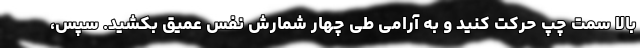
بالا سمت چپ حرکت کنید و به آرامی طی چهار شمارش نفس عمیق بکشید. سپس،